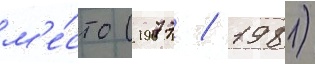
м'е́сто (1977 / 1981)